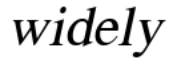
widely